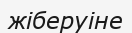
жіберуіне